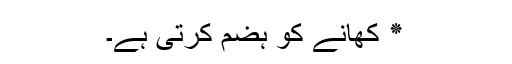
٭ کھانے کو ہضم کرتی ہے۔